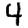
Digit: 4